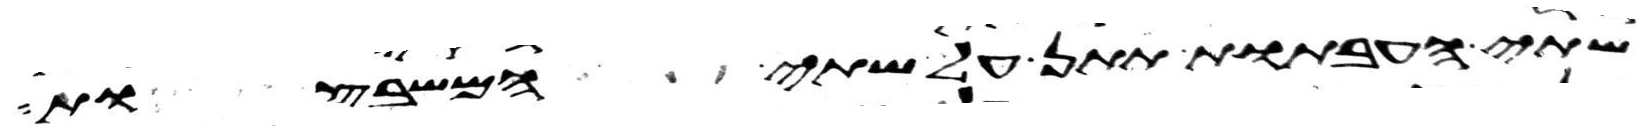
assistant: שתי העבתות תתן על שתי המשבצות